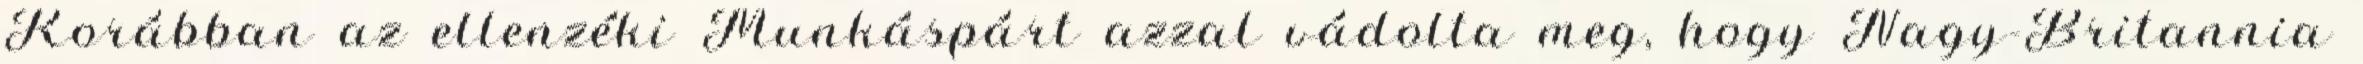
Korábban az ellenzéki Munkáspárt azzal vádolta meg, hogy Nagy-Britannia